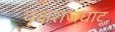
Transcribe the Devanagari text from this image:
वृक्षराजघाट